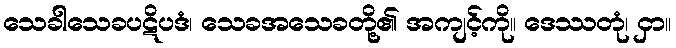
သေခါသေခပဋိပဒံ၊ သေခအသေခတို့၏ အကျင့်ကို။ ဒေဿတုံ၊ ငှာ။